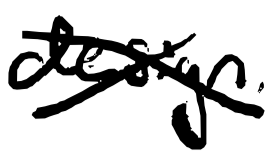
Text: design.
Cross-out: cross
Writing tool: digital_black